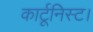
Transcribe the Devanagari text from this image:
कार्टूनिस्ट।